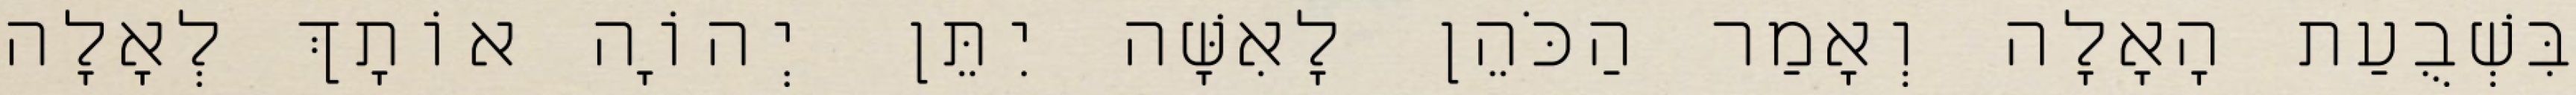
בִּשְׁבֻעַת הָאָלָה וְאָמַר הַכֹּהֵן לָאִשָּׁה יִתֵּן יְהוָֹה אוֹתָךְ לְאָלָה